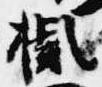
擬